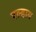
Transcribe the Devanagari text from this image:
एल्हाम